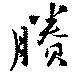
賸